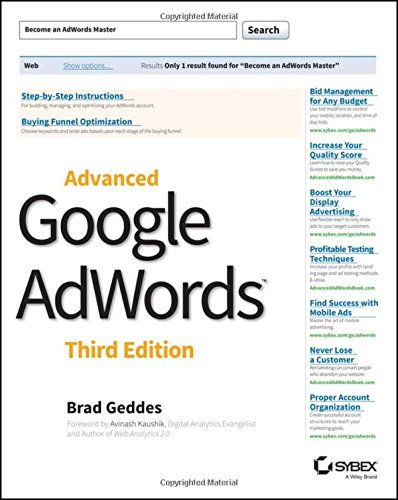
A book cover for Advanced Google AdWords; Brad Geddes; Computers & Technology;